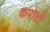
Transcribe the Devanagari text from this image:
कपोतों